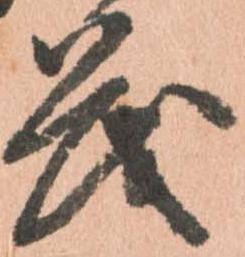
茂